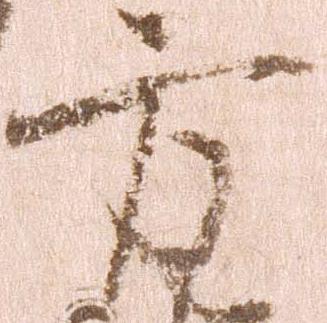
方